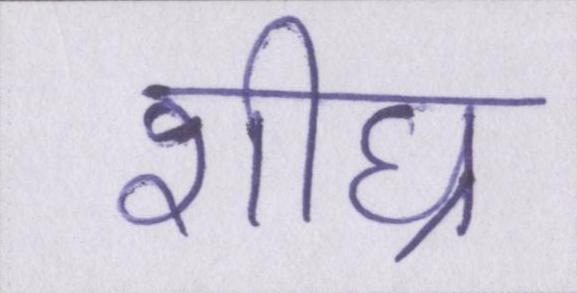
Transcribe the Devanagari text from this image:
शीघ्र